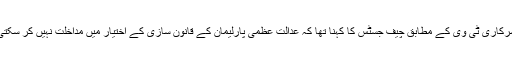
سرکاری ٹی وی کے مطابق چیف جسٹس کا کہنا تھا کہ عدالتِ عظمیٰ پارلیمان کے قانون سازی کے اختیار میں مداخلت نہیں کر سکتی۔